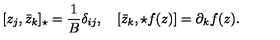
[ z _ { j } , \bar { z } _ { k } ] _ { \star } = \frac { 1 } { B } \delta _ { i j } , \quad [ \bar { z } _ { k } , \star f ( z ) ] = \partial _ { k } f ( z ) .